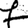
Digit: 7